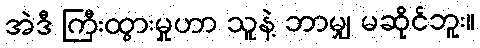
အဲဒီ ကြီးထွားမှုဟာ သူနဲ့ ဘာမျှ မဆိုင်ဘူး။